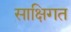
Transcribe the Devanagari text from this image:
साक्षिगत